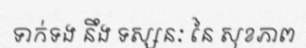
ទាក់ទង នឹង ទស្សនៈ នៃ សុខភាព